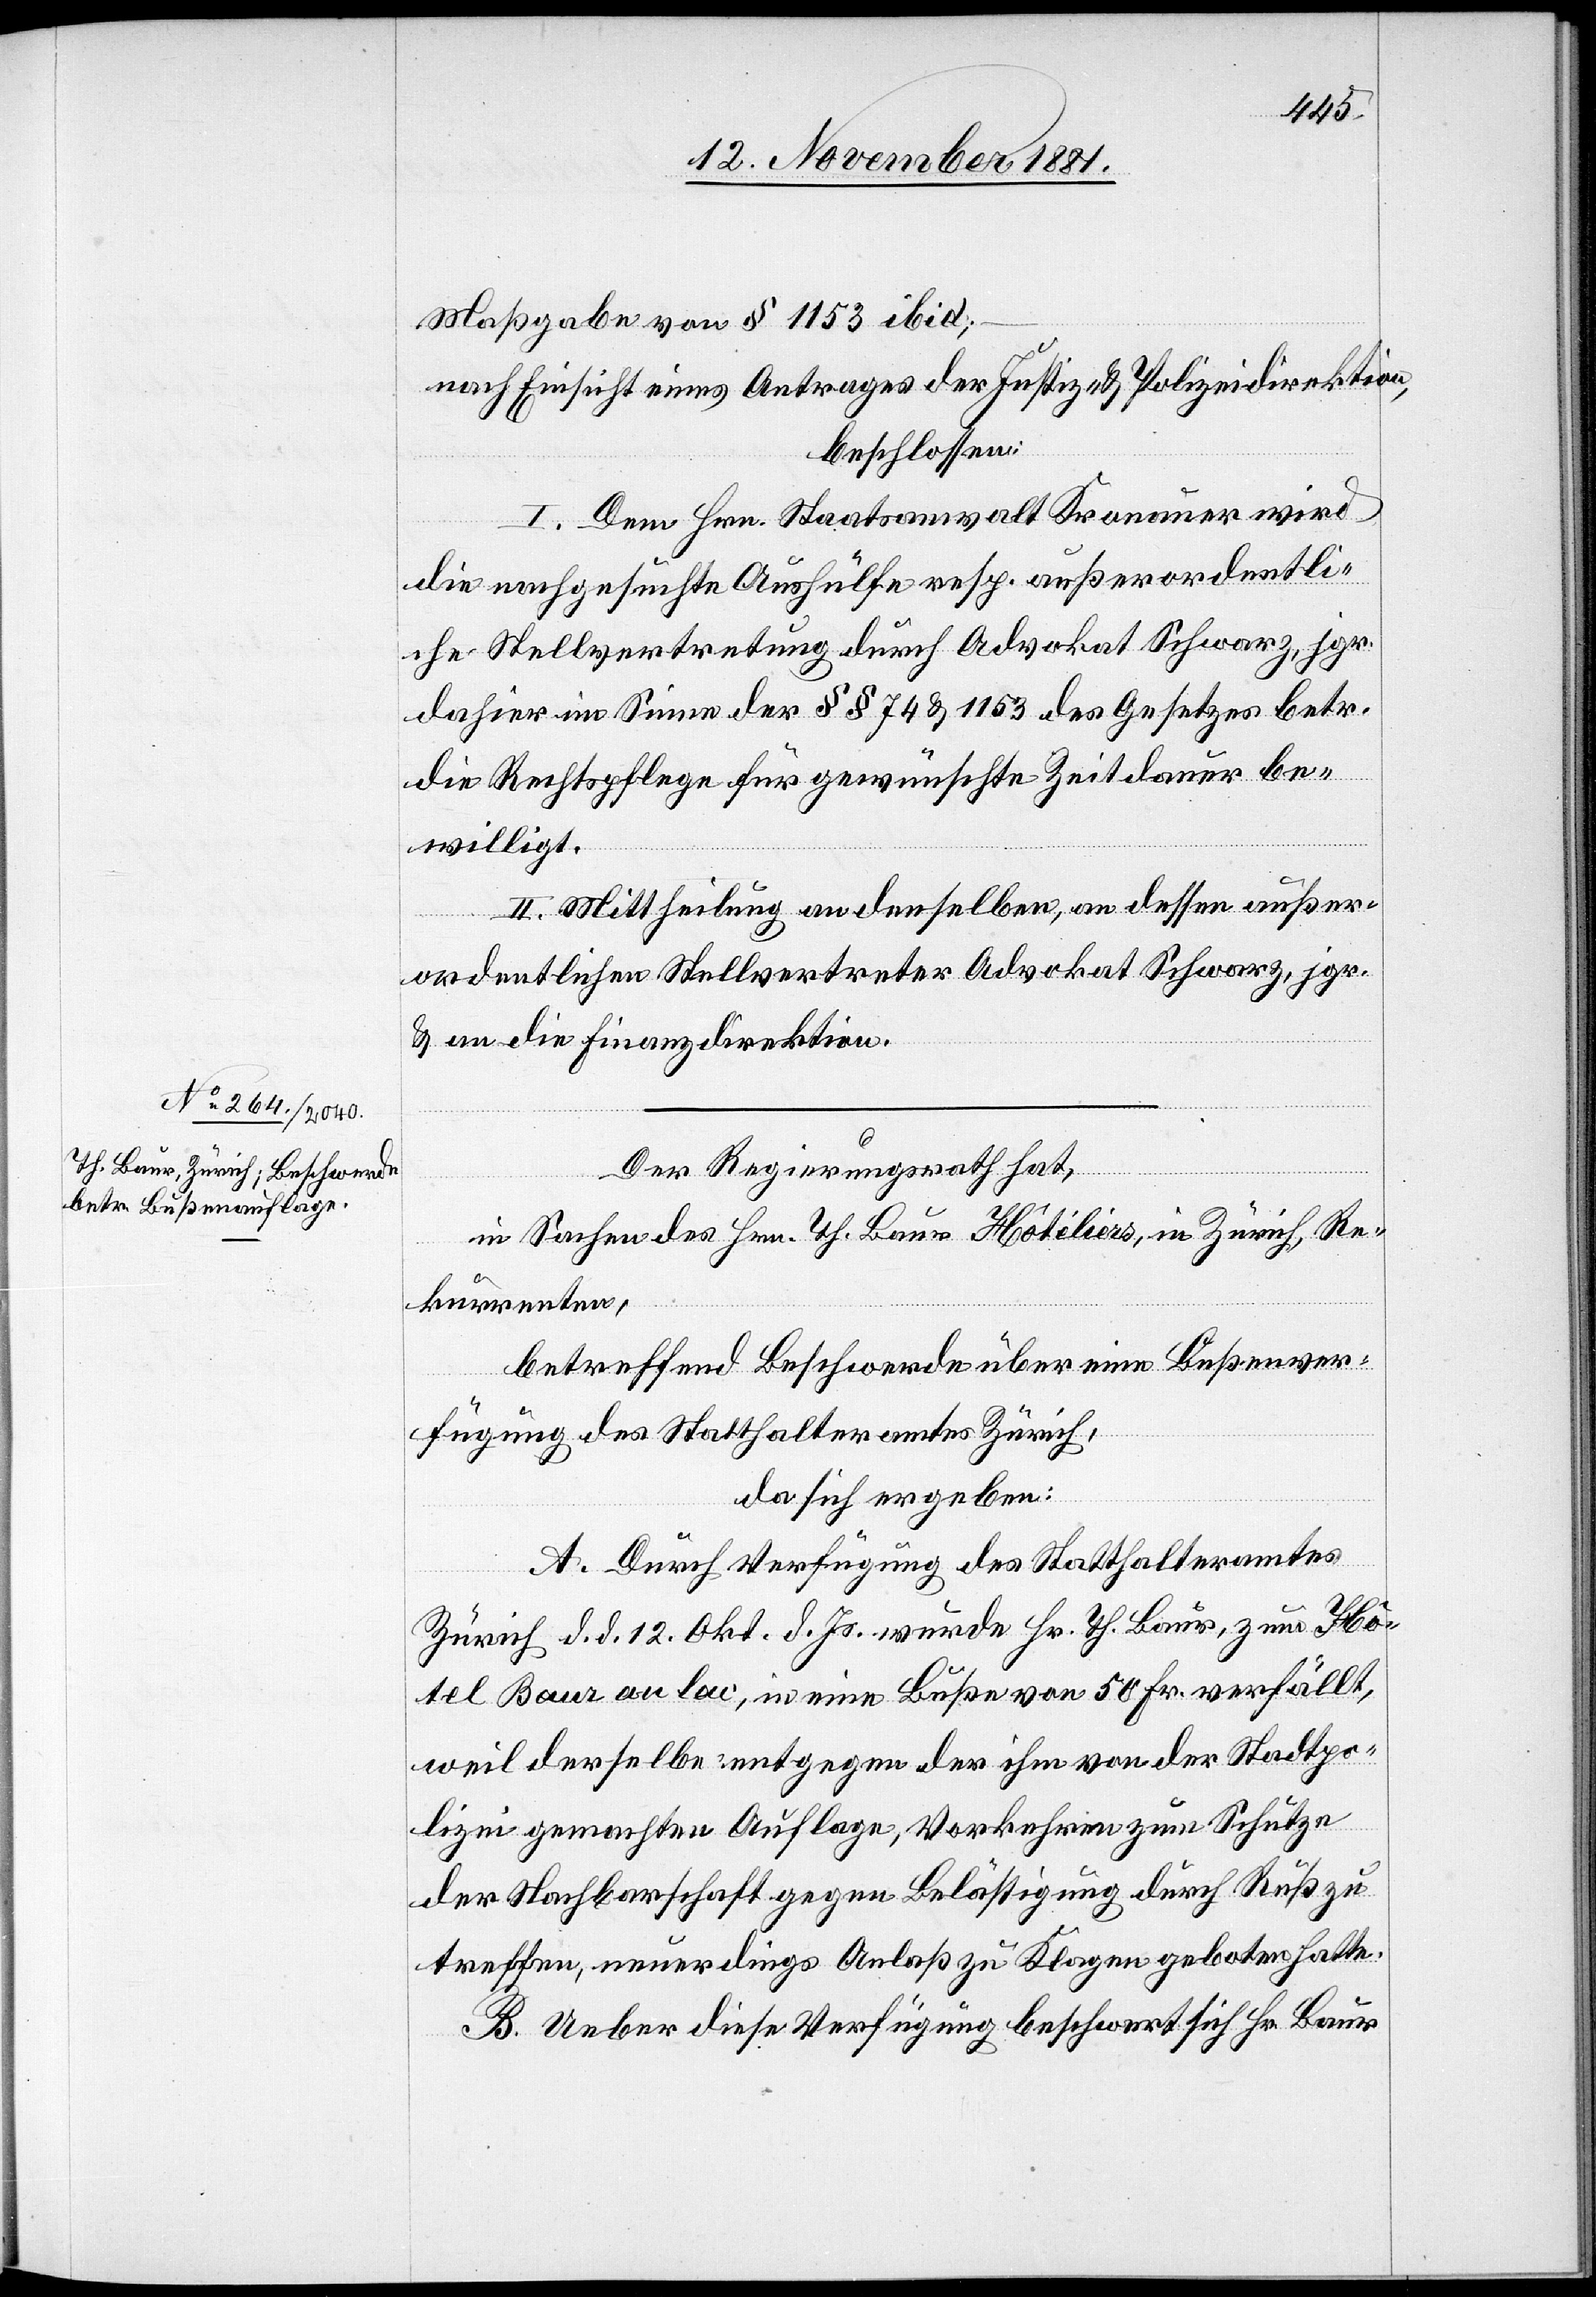
Maßgabe von § 1153 ibid;
nach Einsicht eines Antrages der Justiz- & Polizeidirektion,
beschlossen:
I. Dem Hrn. Staatsanwalt Kronauer wird
die nachgesuchte Aushülfe resp. außerordentli¬
che Stellvertretung durch Advokat Schwarz, jgr.
dahier im Sinne der §§ 74 & 1153 des Gesetzes betr.
die Rechtspflege für gewünschte Zeitdauer be¬
willigt.
II. Mittheilung an denselben, an dessen außer¬
ordentlichen Stellvertreter Advokat Schwarz, jgr.
& an die Finanzdirektion.
Der Regierungsrath hat,
in Sachen des Hrn. Th. Baur Hôtéliers, in Zürich, Re¬
kurrenten,
betreffend Beschwerde über eine Bußenver¬
fügung des Statthalteramtes Zürich,
da sich ergeben:
A. Durch Verfügung des Statthalteramtes
Zürich d. d. 12. Okt. d. Js. wurde Hr. Th. Baur, zum Hô¬
tel Baur au lac, in eine Buße von 50 Fr. verfällt,
weil derselbe entgegen der ihm von der Stadtpo¬
lizei gemachten Auflage, Vorkehren zum Schutze
der Nachbarschaft gegen Belästigung durch Ruß zu
treffen, neuerdings Anlaß zu Klagen geboten hatte.
B. Ueber diese Verfügung beschwert sich Hr. Baur